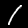
Label: 1